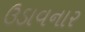
ઉડાવનાર